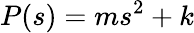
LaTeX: P(s)=ms^{2}+k